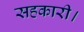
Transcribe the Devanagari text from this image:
सहकारी।